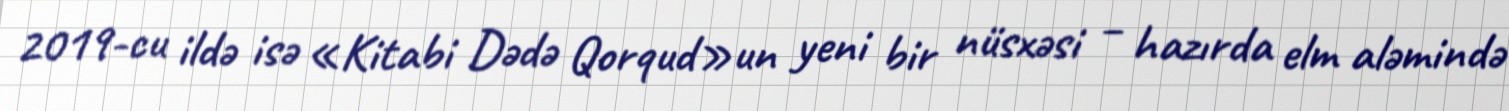
2019-cu ildə isə «Kitabi Dədə Qorqud»un yeni bir nüsxəsi – hazırda elm aləmində